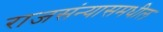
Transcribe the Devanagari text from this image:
राजसंन्यासमधील